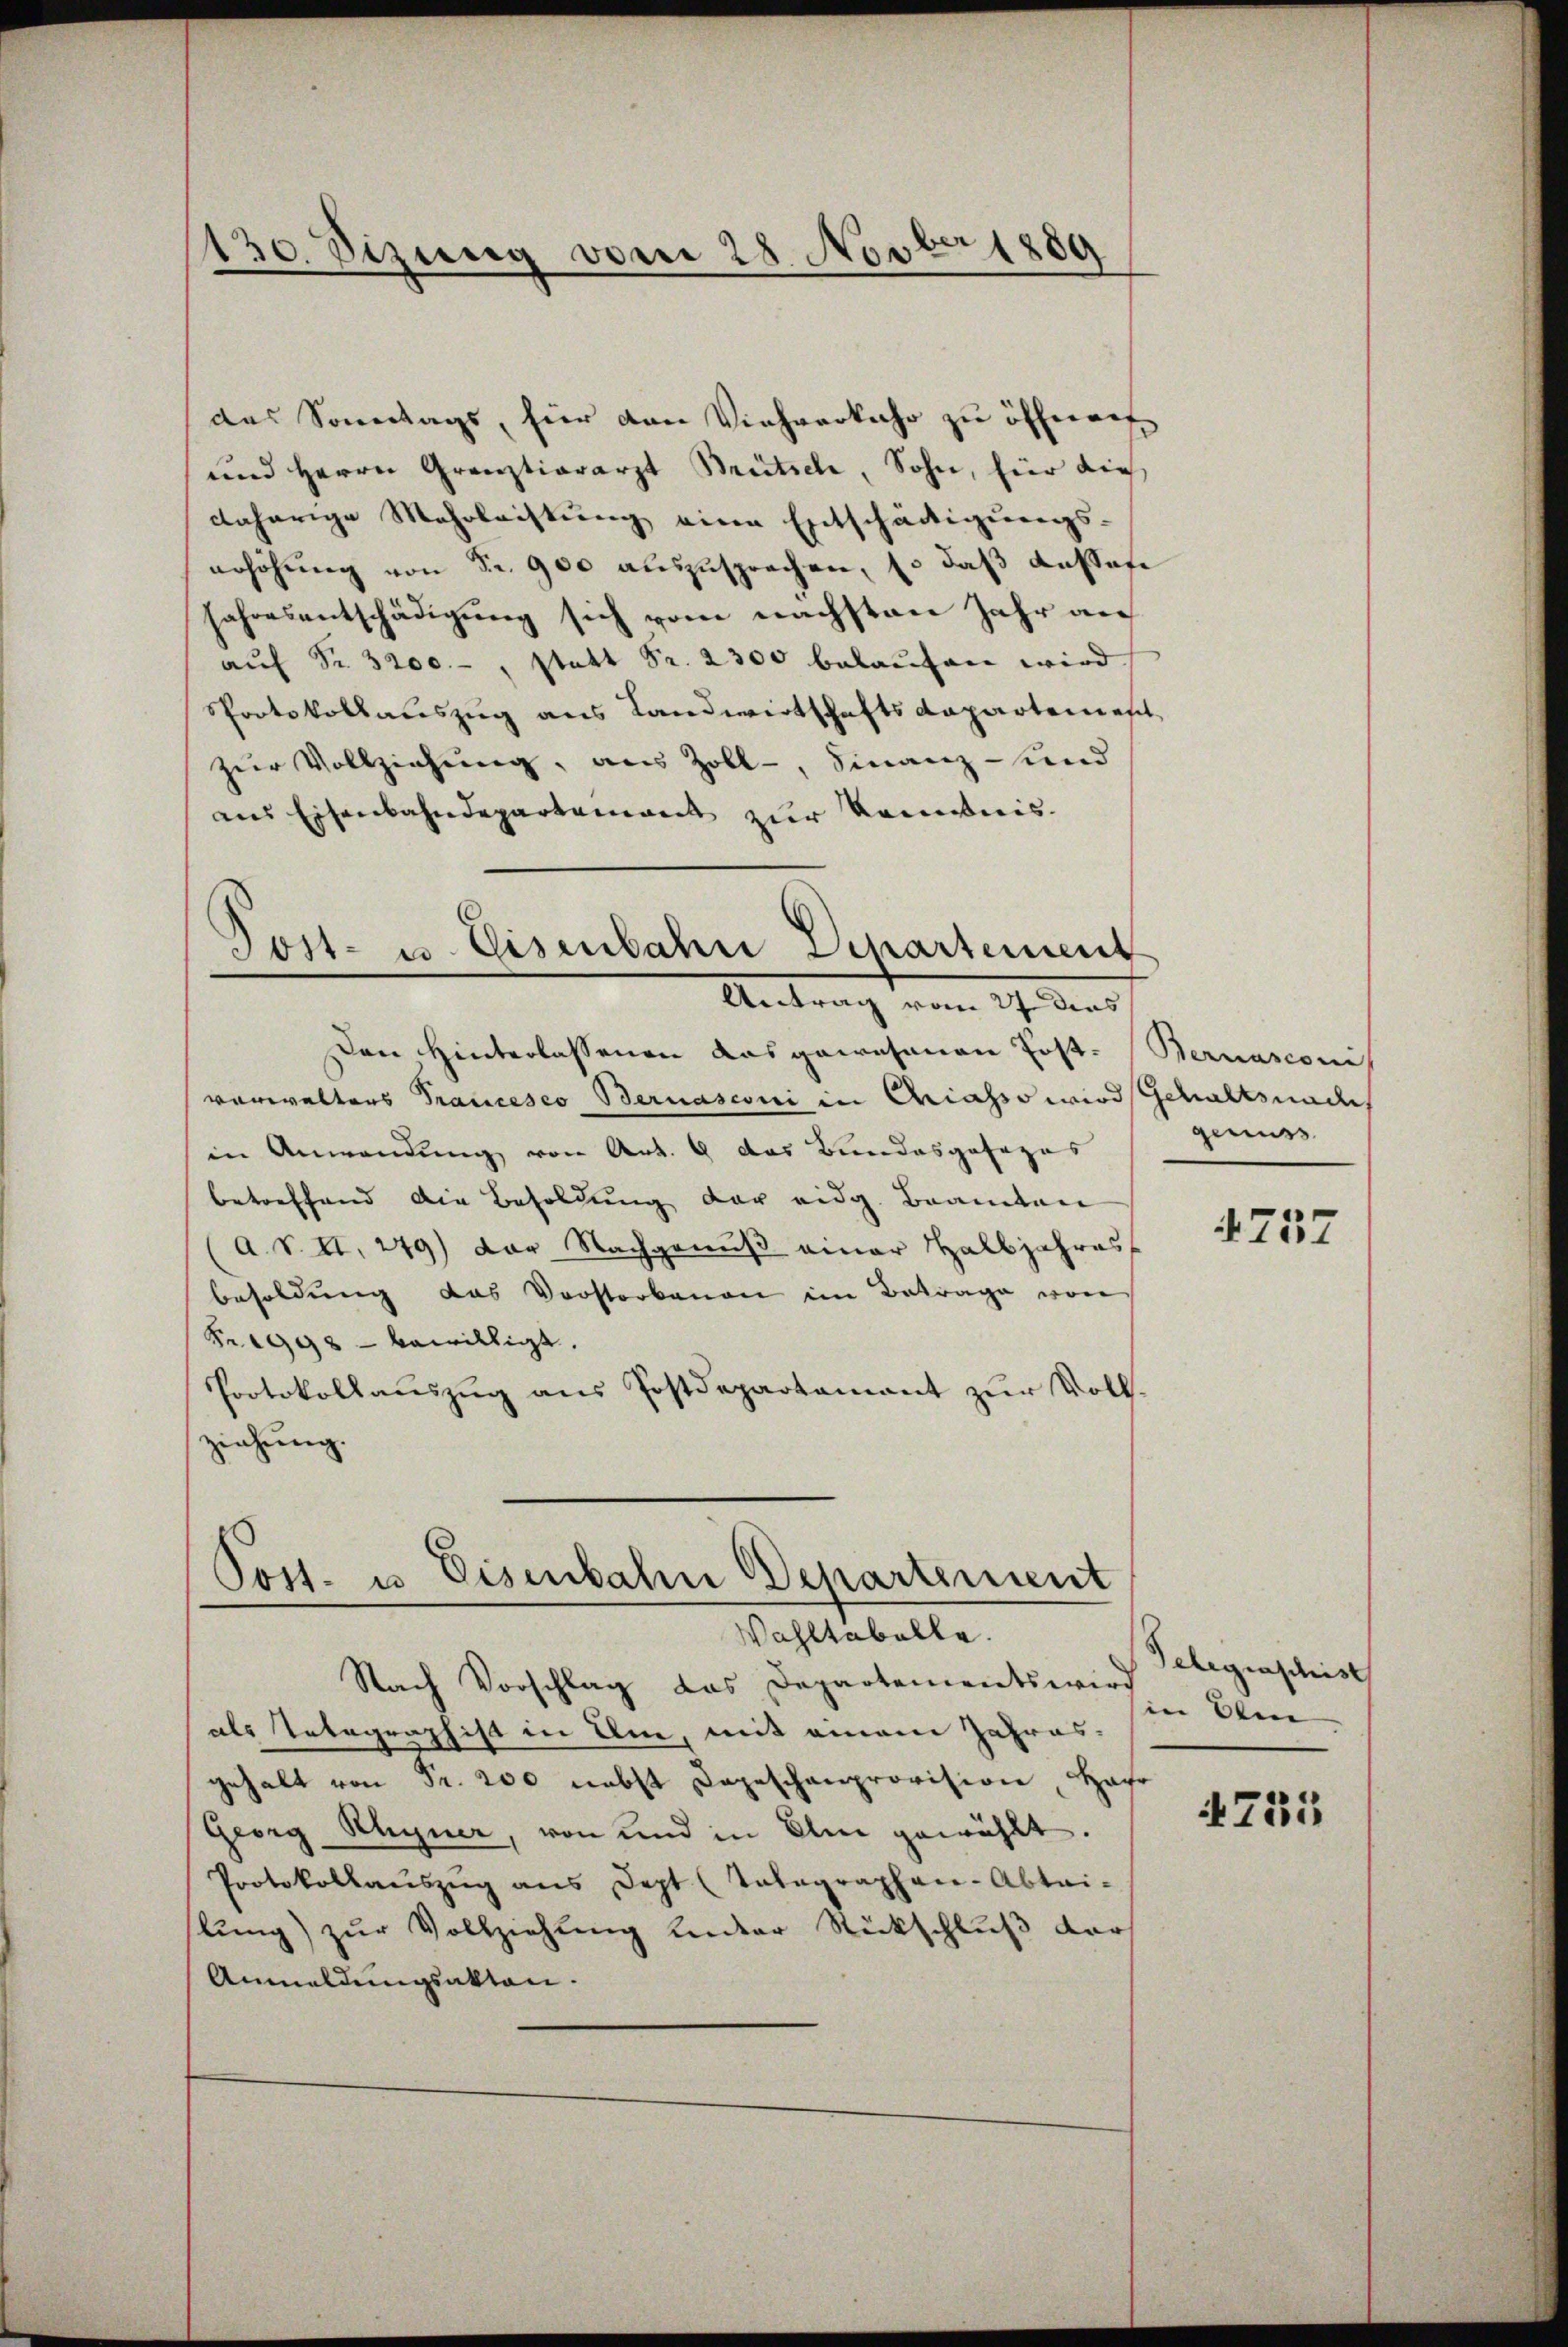
130. Sizung vom 28. Novber 1889
n

das Sonntags, hier den Viehverkehr zu öffnen
und Herrn Grauztiararzt Brütsch, Sohn, hier dies
daherige Mehrleistung eine Entschädigungs-
erhöhung von Sr. 900 auszusprechen, so daß aussere
Jahresentschädigung sich vom nächsten Jahr an
aŭf Fr. 3200.-, statt Fr. 2300 belaŭfen wird.
Sprotokollauszug aus Landwirtschaftsdepartemest
zur Vollziehung, aus Zoll-, Finanz- und
aus Eisenbahndepartement zur Kenntnis.
Tost- u. Eisenbahre Departement
Antrag vom 27. dies
Den Hinterlassenen das gewesenen Post-Sternascon
verwalters Francesco Bernasconi in Griasso wird Schaltsnade
in Anwendung von Art. 9 das Bundesgofages
betreffend die Besoldung der eidg. Beamten
(A. S. II, 249) der Nachgenuß einer Halbjahres
besoldung das Vorstorbenen im Betrage von
Fr. 1998 - bewilligt.
Protokollauszug aus Postdepartamant zur Voll-
ziehung.

Post. u. Eisenbahn Departement
Wahltabelle.
Nach Vorschlag das Departements wird

als Telegraphist in Am, mit einem Jahres-
gehalt von Fr. 200 nebst Depeschenprovision Har
Georg Rhyner, von und in Olm gewählt.
Protokollaŭszŭg ans Dept (Tabagraphen-Abtri-
slung) zur Vollziehung unter Rückschluß der
Anmeldungsakten.

genuss

4737

Telegraschisch
in Oben

4755